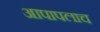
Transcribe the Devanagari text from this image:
आपापलाच